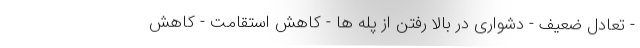
- تعادل ضعیف - دشواری در بالا رفتن از پله ها - کاهش استقامت - کاهش